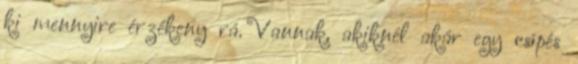
ki mennyire érzékeny rá. Vannak, akiknél akár egy csípés